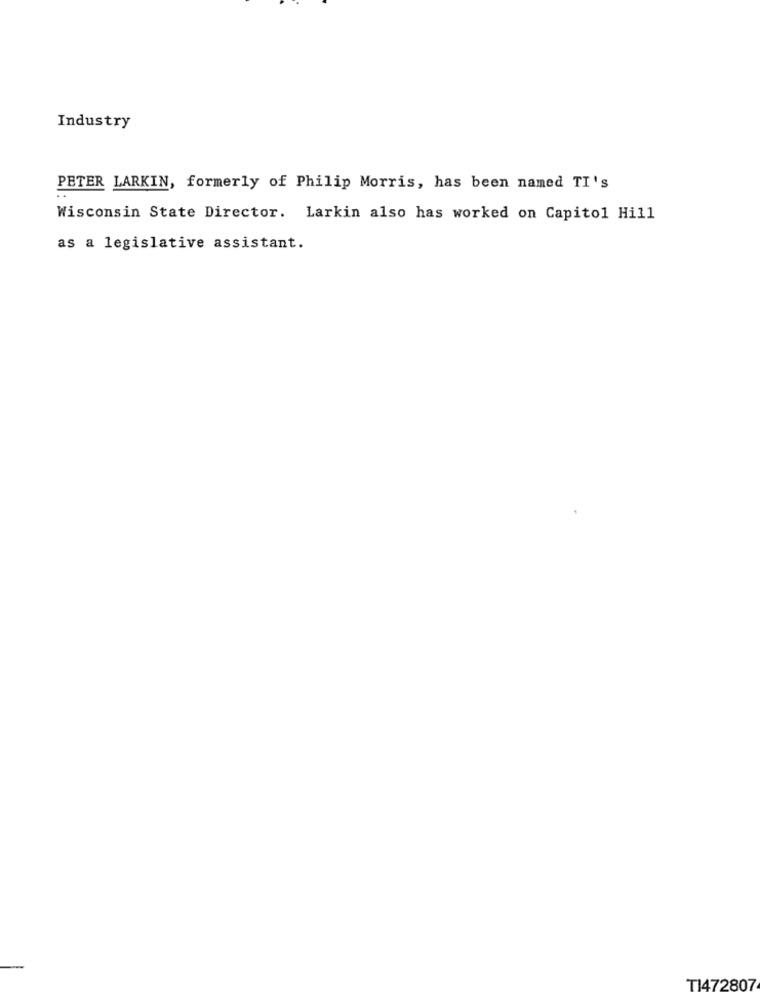
Industry
PETER LARKIN, formerly of Philip Morris, has been named TI's
Wisconsin State Director. Larkin also has worked on Capitol Hill
as a legislative assistant.
TI472807